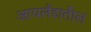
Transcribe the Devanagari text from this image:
आयर्लंडातील